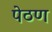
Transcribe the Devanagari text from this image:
पेठण